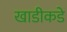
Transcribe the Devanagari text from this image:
खाडीकडे